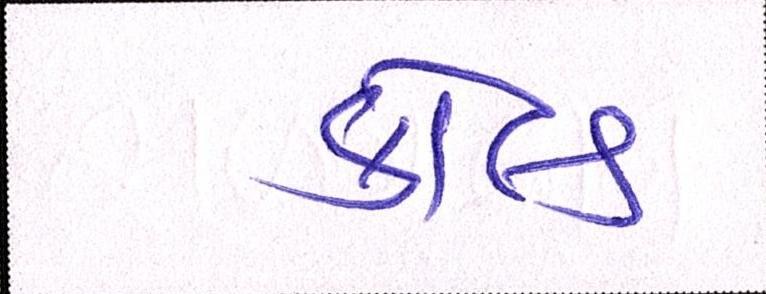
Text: કોલ્ડ